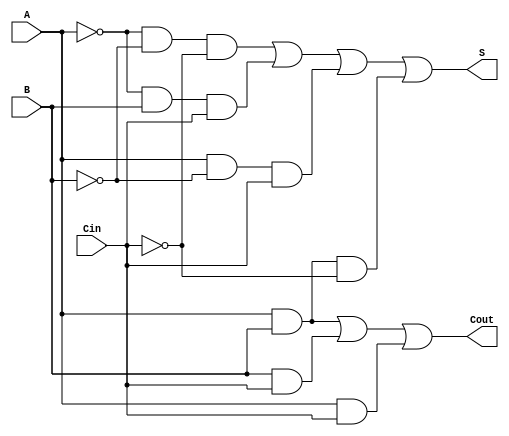
module negative_full_adder (
    input wire A,    // First input bit (negative logic)
    input wire B,    // Second input bit (negative logic)
    input wire Cin,  // Carry-in bit (negative logic)
    output wire S,   // Sum output bit (negative logic)
    output wire Cout  // Carry-out output bit (negative logic)
);

// Internal signals for inverted inputs
wire A_inv;
wire B_inv;
wire Cin_inv;

// Invert the inputs for negative logic
not (A_inv, A);
not (B_inv, B);
not (Cin_inv, Cin);

// Sum output (S) using the provided expression
wire term1, term2, term3, term4;
and (term1, A_inv, B_inv, Cin_inv);  // A' B' C'in
and (term2, A_inv, B, Cin);           // A' B C'in
and (term3, A, B_inv, Cin);           // A B' C'in
and (term4, A, B, Cin_inv);            // A B C'in'

or (S, term1, term2, term3, term4);   // S = term1 + term2 + term3 + term4

// Carry-out output (Cout) using the provided expression
wire term5, term6, term7;
and (term5, A, B);                    // A B
and (term6, B, Cin);                  // B C'in
and (term7, A, Cin);                  // A C'in

or (Cout, term5, term6, term7);       // Cout = A B + B C'in + A C'in

endmodule